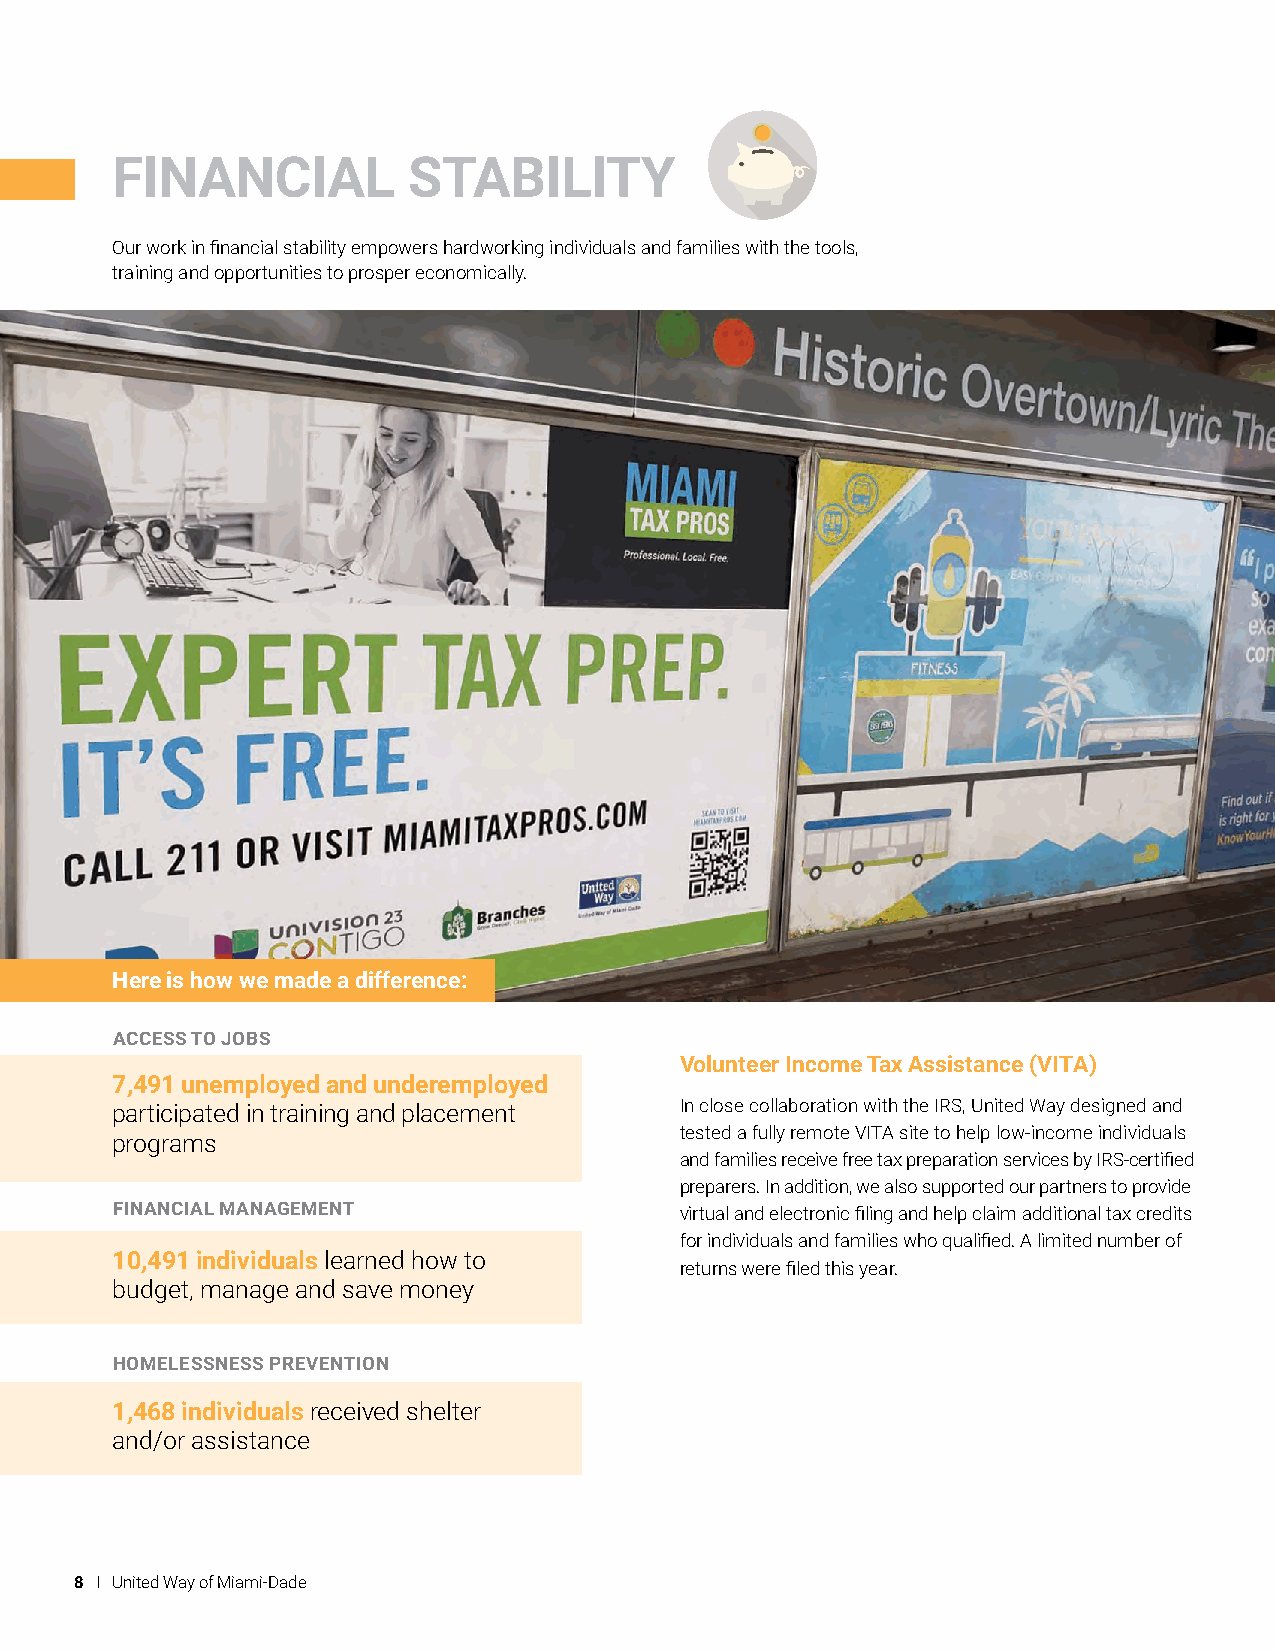
FINANCIAL           STABILITY
 Our work in financial stability empowers hardworking individuals and families with the tools,
 training and opportunities to prosper economically.
 Here is how we made a difference:
 ACCESS TO JOBS
 Volunteer Income Tax Assistance (VITA)
 7,491 unemployed and underemployed
 participated in training and placement In close collaboration with the IRS, United Way designed and
 tested a fully remote VITA site to help low-income individuals
 programs
 and families receive free tax preparation services by IRS-certified
 preparers. In addition, we also supported our partners to provide
 FINANCIAL MANAGEMENT                  virtual and electronic filing and help claim additional tax credits
 for individuals and families who qualified. A limited number of
 10,491 individuals learned how to
 returns were filed this year.
 budget, manage and save money
 HOMELESSNESS PREVENTION
 1,468 individuals received shelter
 and/or assistance
 8 I United Way of Miami-Dade